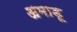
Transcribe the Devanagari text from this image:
अमाडू